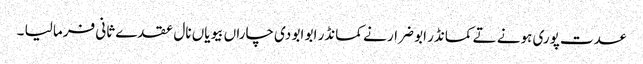
عدت پوری ہونے تے کمانڈر ابو ضرار نے کمانڈر ابو ابو دی چاراں بیویاں نال عقدے ثانی فرما لیا ۔